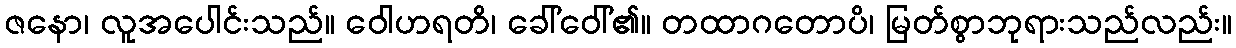
ဇနော၊ လူအပေါင်းသည်။ ဝေါဟရတိ၊ ခေါ်ဝေါ်၏။ တထာဂတောပိ၊ မြတ်စွာဘုရားသည်လည်း။